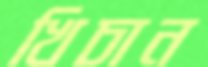
খিচান